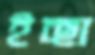
ইচ্ছা